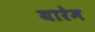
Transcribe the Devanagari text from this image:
यारेम